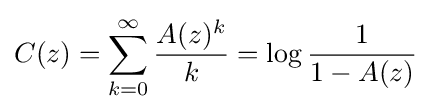
C(z)=\sum _{k=0}^{\infty }{\frac {A(z)^{k}}{k}}=\log {\frac {1}{1-A(z)}}